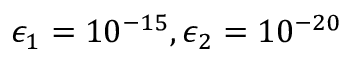
\epsilon _ { 1 } = 1 0 ^ { - 1 5 } , \epsilon _ { 2 } = 1 0 ^ { - 2 0 }